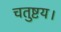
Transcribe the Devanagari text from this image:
चतुष्टय।